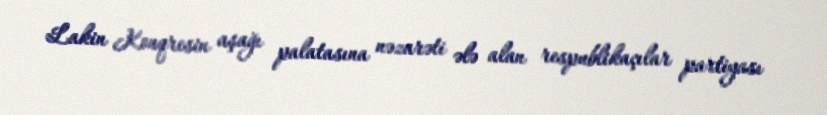
Lakin Konqresin aşağı palatasına nəzarəti ələ alan respublikaçılar partiyası